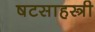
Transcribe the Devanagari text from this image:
षटसाहस्त्री